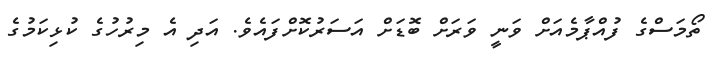
ތޯމަސްގެ ފުއްޕާމެއަށް ވަނީ ވަަރަށް ބޮޑަށް އަސަރުކޮށްފައެވެ. އަދި އެ މިރުހުގެ ކުޅިކަމުގެ